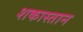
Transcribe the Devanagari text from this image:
शकास्तान